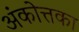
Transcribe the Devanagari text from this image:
अंकोत्तका